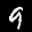
Label: 9